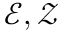
{ \mathcal { E } } , { \mathcal { Z } }